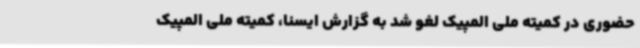
حضوری در کمیته ملی المپیک لغو شد به گزارش ایسنا، کمیته ملی المپیک